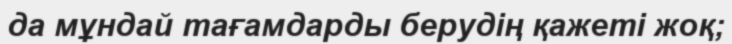
да мұндай тағамдарды берудің қажеті жоқ;